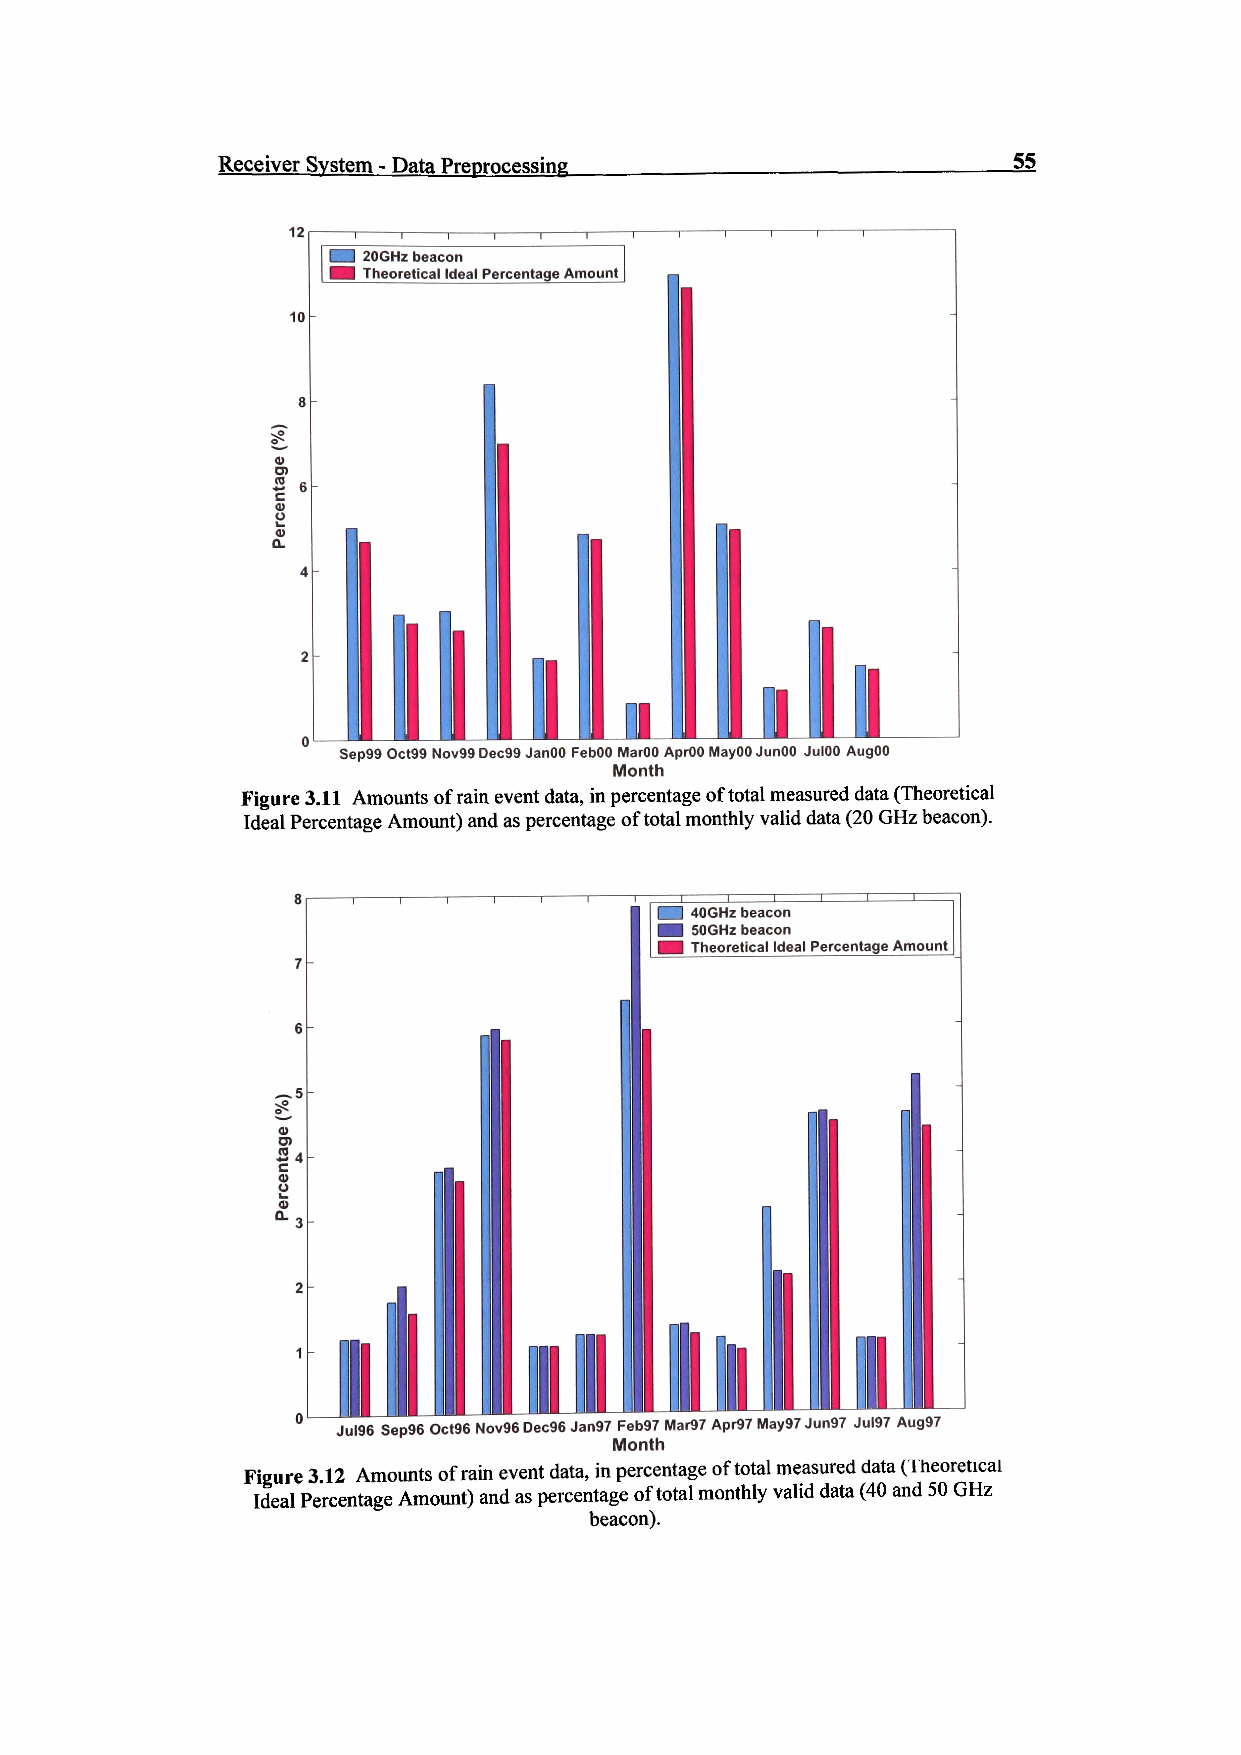
Receiver System - Data Preprocessing                 55
 12
 20GHz beacon
 Theoretical Ideal Percentage Amount
 10 -
 4>
 m
 S 6
 4>
 QL.
 I
 J.
 Sep99 Oct99 Nov99 Dec99 JanOO FebOO MarOO AprOO MayOO JunOO JulOO AugOO
 Month
 Figure 3.11 Amounts of rain event data, in percentage of total measured data (Theoretical
 Ideal Percentage Amount) and as percentage of total monthly valid data (20 GHz beacon).
 40GHz beacon
 SOGHz beacon
 Theoretical Ideal Percentage Amount
 Jul96 Sep96 Oct96 Nov96Dec96 Jan97 Feb97 Mar97 Apr97 May97 Jun97 Jul97 Aug97
 Month
 Figure 3.12 Amounts of rain event data, in percentage of total measured data (Theoretical
 Ideal Percentage Amount) and as percentage of total monthly valid data (40 and 50 GHz
 beacon).